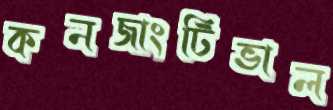
কনজাংটিভাল